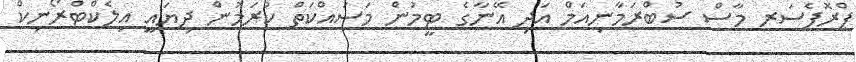
ޕްރޮފެސަރ މާސް ސުބްރަމާނިއަމް އަދި އޭނާގެ ޓީމުން މަސައްކަތް ކުރަމުން ދިޔައީ އިލެކްޓްރޯނިކް